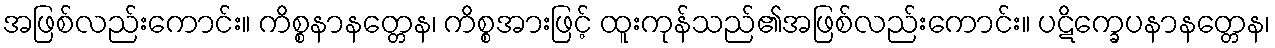
အဖြစ်လည်းကောင်း။ ကိစ္စနာနတ္တေန၊ ကိစ္စအားဖြင့် ထူးကုန်သည်၏အဖြစ်လည်းကောင်း။ ပဋိက္ခေပနာနတ္တေန၊